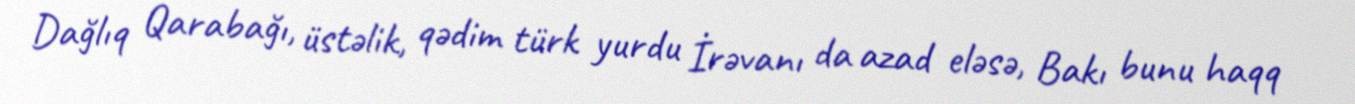
Dağlıq Qarabağı, üstəlik, qədim türk yurdu İrəvanı da azad eləsə, Bakı bunu haqq